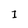
Character: I